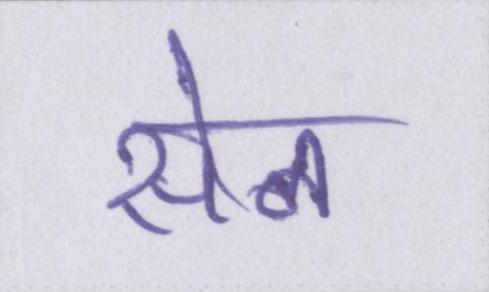
सेन